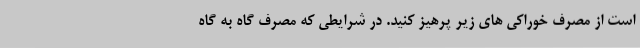
است از مصرف خوراکی های زیر پرهیز کنید. در شرایطی که مصرف گاه به گاه